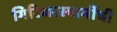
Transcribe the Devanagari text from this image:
गिरिधरस्वामींची